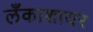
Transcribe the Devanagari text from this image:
लँकाशायर